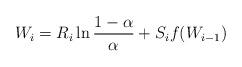
LaTeX: \begin{align*}W_i=R_i\ln\frac{1-\alpha}{\alpha}+S_i f(W_{i-1})\end{align*}